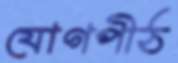
যোগপীঠ